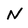
Character: N